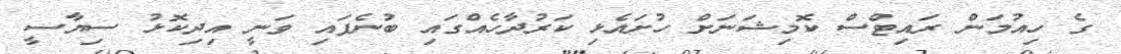
ގެ ހިއުމަން ރައިޓްސް ކޮމިޝަނަށް ހުށައެޅި ކަރުދާހެއްގައި ބުނެފައި ވަނީ އިދިކޮޅު ސިޔާސީ